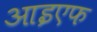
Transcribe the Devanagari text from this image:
आइएफ